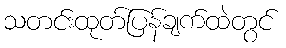
သတင်းထုတ်ပြန်ချက်ထဲတွင်